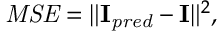
\mathit { M S E } = \| \mathbf { I } _ { \mathit { p r e d } } - \mathbf { I } \| ^ { 2 } ,